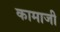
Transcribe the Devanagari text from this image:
कामाजी